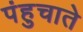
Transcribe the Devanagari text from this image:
पंहुचाते